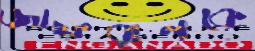
জাফরানকে